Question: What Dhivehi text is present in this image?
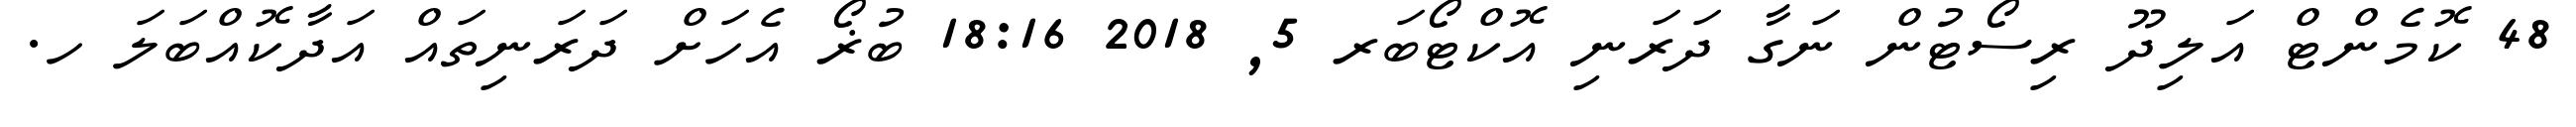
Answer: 48 ކޮމެންޓް އަލިދޫ ރިސޯޓުން ނަގާ ދަރަނި އޮކްޓޯބަރ 5, 2018 18:16 ބުޜޯ އެހަށް ދަރަނިތައް އަދާކޮއްބަލަ ހ.